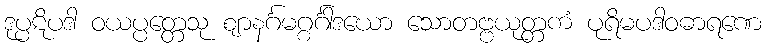
ဒုပ္ပဋိပဒါ ဝယပ္ပတ္တေသု ဈာနင်္ဂမဂ္ဂင်္ဂါဒယော သောတဗ္ဗယုတ္တကံ ပုရိမပဒါဝဓာရဏေ